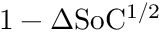
1 - \Delta \mathrm { S o C ^ { 1 / 2 } }